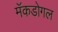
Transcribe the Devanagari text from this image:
मॅकडोगल